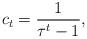
LaTeX: \begin{align*}c_t = \frac{1}{\tau^t-1},\end{align*}